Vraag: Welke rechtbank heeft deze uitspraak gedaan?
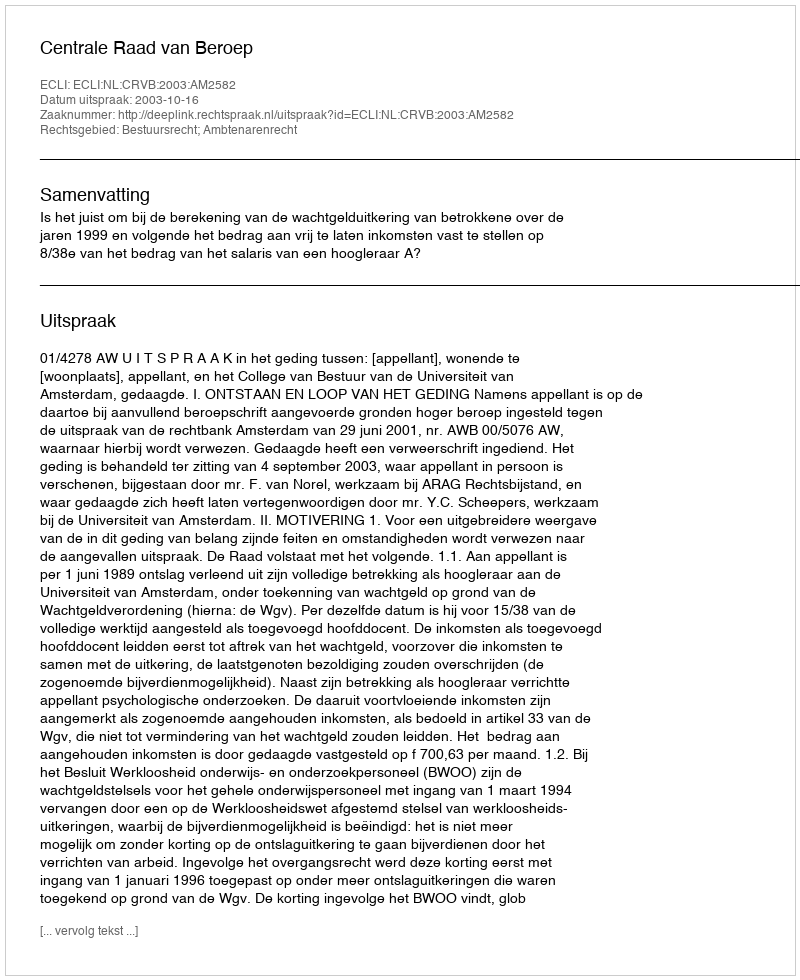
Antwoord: Centrale Raad van Beroep